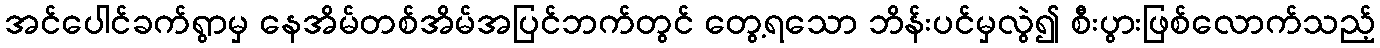
အင်ပေါင်ခက်ရွာမှ နေအိမ်တစ်အိမ်အပြင်ဘက်တွင် တွေ့ရသော ဘိန်းပင်မှလွဲ၍ စီးပွားဖြစ်လောက်သည့်